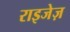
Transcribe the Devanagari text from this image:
राइजेज़